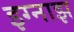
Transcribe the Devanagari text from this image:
इग्नाझ